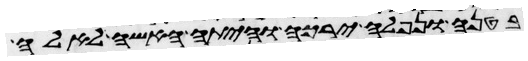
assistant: בטנה ונפלה ירכה והיתה האשה לאלה